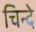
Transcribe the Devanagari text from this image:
चिन्दे